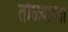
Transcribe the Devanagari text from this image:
तोळ्याच्या